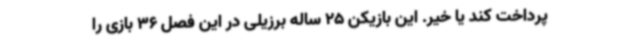
پرداخت کند یا خیر. این بازیکن 25 ساله برزیلی در این فصل 36 بازی را